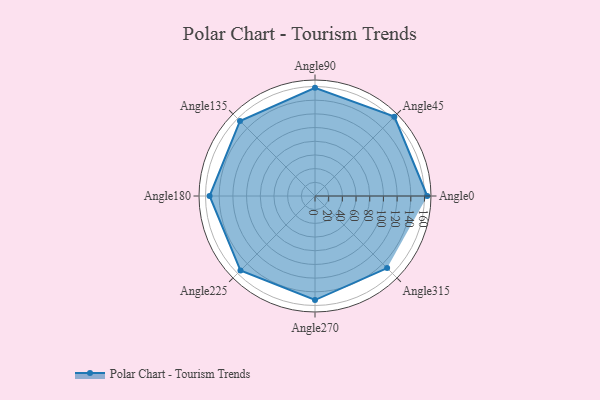
{"axis": {"x": "Angle", "y": "Radius"}, "legend": [""], "data": [{"x": "Angle0", "y": 164.0, "type": ""}, {"x": "Angle45", "y": 164.0, "type": ""}, {"x": "Angle90", "y": 158.0, "type": ""}, {"x": "Angle135", "y": 155.0, "type": ""}, {"x": "Angle180", "y": 154.0, "type": ""}, {"x": "Angle225", "y": 154.0, "type": ""}, {"x": "Angle270", "y": 152.0, "type": ""}, {"x": "Angle315", "y": 149.0, "type": ""}]}